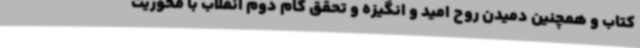
کتاب و همچنین دمیدن روح امید و انگیزه و تحقق گام دوم انقلاب با محوریت